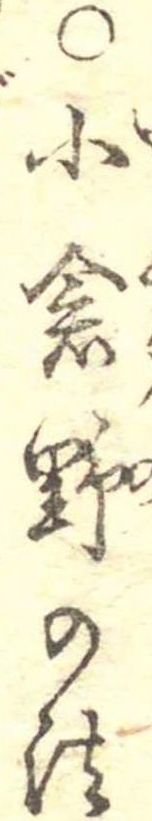
○小倉野の法